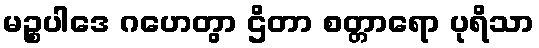
မဉ္စပါဒေ ဂဟေတွာ ဌိတာ စတ္တာရော ပုရိသာ